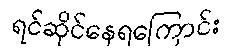
ရင်ဆိုင်နေရကြောင်း